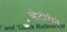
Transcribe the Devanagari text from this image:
व्हेटोरीने